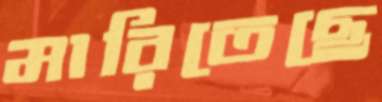
মারিতেছে